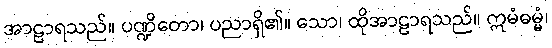
အာဠာရသည်။ ပဏ္ဍိတော၊ ပညာရှိ၏။ သော၊ ထိုအာဠာရသည်။ ဣမံဓမ္မံ၊